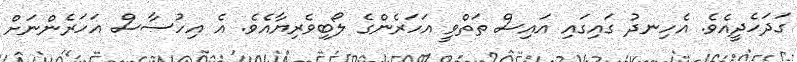
ގަދަހެދީއެވެ. އެހިނދު ގައިގައި އައިސް ތަތްވީ އަހަރެންގެ ލޯބިވެރިޔާއެވެ. އެ އިހުސާސް އަހަރެންނަށް